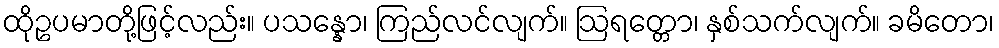
ထိုဥပမာတို့ဖြင့်လည်း။ ပသန္နော၊ ကြည်လင်လျက်။ ဩရတ္တော၊ နှစ်သက်လျက်။ ခမိတော၊